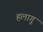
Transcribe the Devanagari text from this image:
हलागू